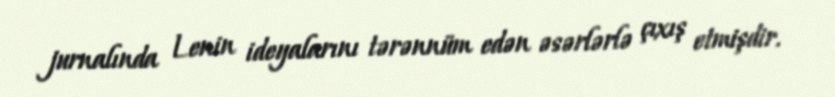
jurnalında Lenin ideyalarını tərənnüm edən əsərlərlə çıxış etmişdir.